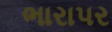
ભારાપર